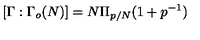
[ \Gamma : \Gamma _ { o } ( N ) ] = N \Pi _ { p / N } ( 1 + p ^ { - 1 } )